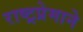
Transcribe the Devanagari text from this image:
राष्ट्रप्रेमाने